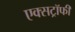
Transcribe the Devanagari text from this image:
एक्सट्रॉफी